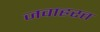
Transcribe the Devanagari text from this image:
जवाहरत